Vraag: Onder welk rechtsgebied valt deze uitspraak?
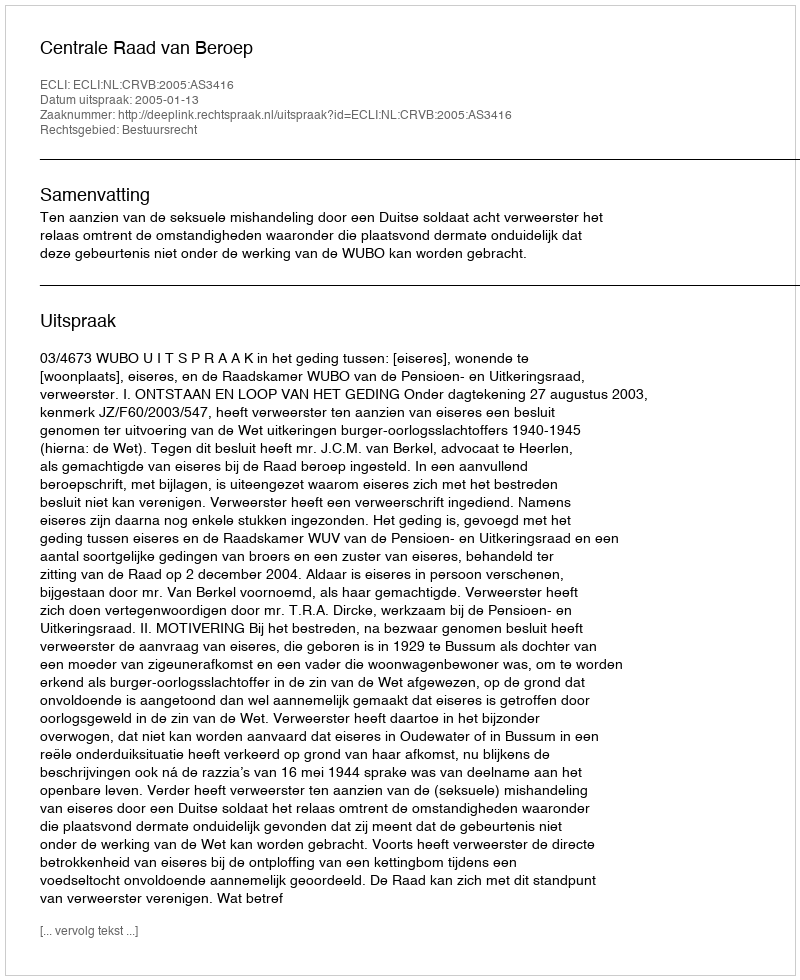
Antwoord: Bestuursrecht